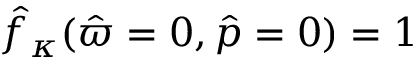
\hat { f } _ { \kappa } ( \hat { \varpi } = 0 , \hat { p } = 0 ) = 1